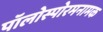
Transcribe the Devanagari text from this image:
पॉलोस्पोरमनामक